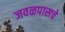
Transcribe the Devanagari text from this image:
जवळपासचे